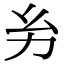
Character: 𢆲